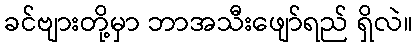
ခင်ဗျားတို့မှာ ဘာအသီးဖျော်ရည် ရှိလဲ။